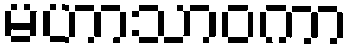
မဟာသာဝကာ